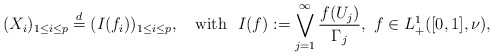
\begin{align*}(X_i)_{1\leq i\leq p} \stackrel{d}{=} (I(f_i))_{1\leq i\leq p},\ \ \mbox{ with }\ I(f):= \bigvee_{j=1}^\infty \frac{f(U_j)}{\Gamma_j},\ f\in L_+^1([0,1],\nu),\end{align*}